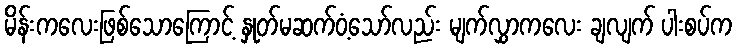
မိန်းကလေးဖြစ်သောကြောင့် နှုတ်မဆက်ဝံ့သော်လည်း မျက်လွှာကလေး ချလျက် ပါးစပ်က